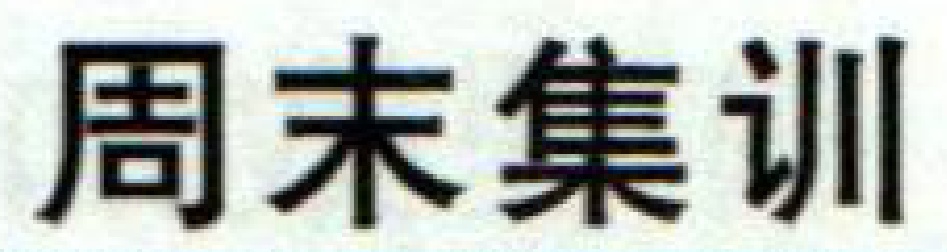
周末集训